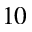
1 0